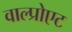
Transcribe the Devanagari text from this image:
वाल्प्रोएट